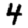
Digit: 4